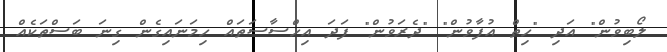
ލޯބިވުން" އަދި "ހިތް އުފާވުން" "ދެރަވުން" ފަދަ އިހްސާސަތައް ހިމަނައިގެން ގިނަ ބަސްތަކެއް